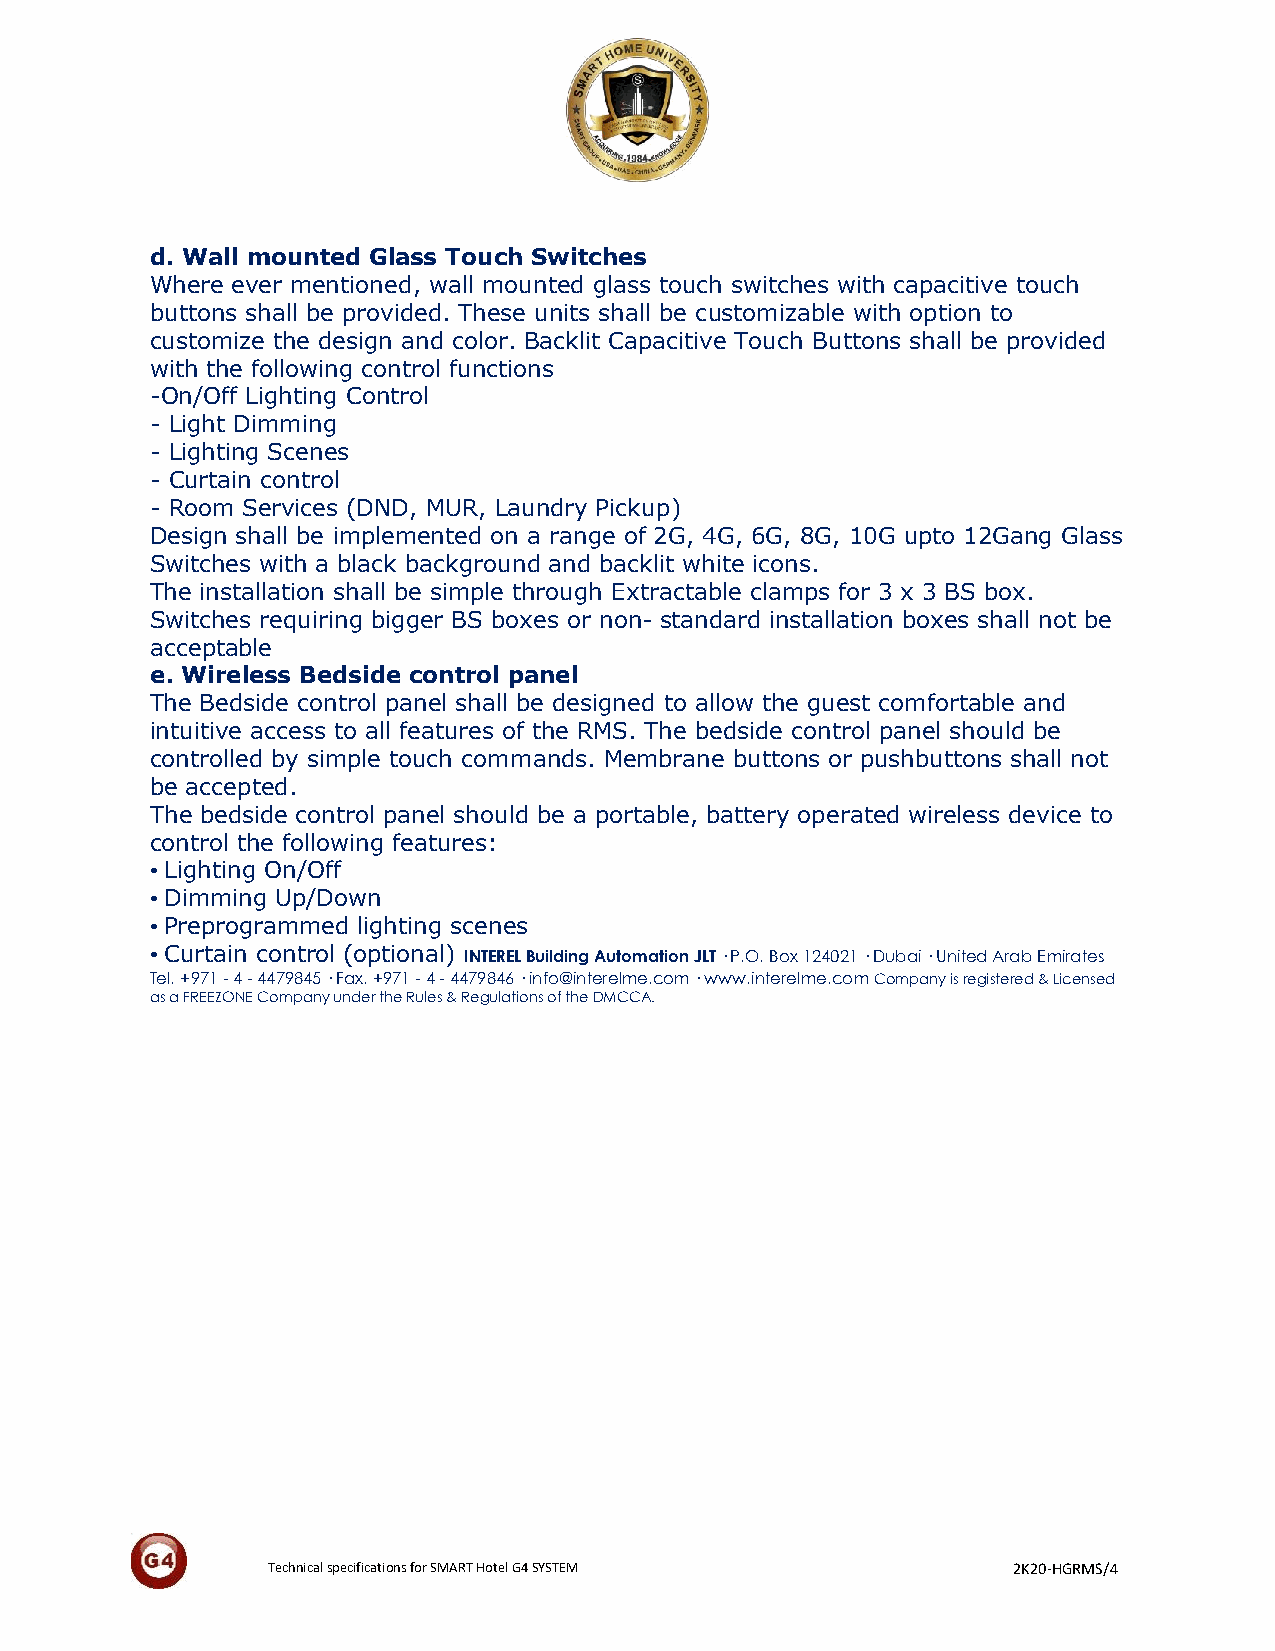
d. Wall mounted Glass Touch Switches
 Where ever mentioned, wall mounted glass touch switches with capacitive touch
 buttons shall be provided. These units shall be customizable with option to
 customize the design and color. Backlit Capacitive Touch Buttons shall be provided
 with the following control functions
 -On/Off Lighting Control
 - Light Dimming
 - Lighting Scenes
 - Curtain control
 - Room Services (DND, MUR, Laundry Pickup)
 Design shall be implemented on a range of 2G, 4G, 6G, 8G, 10G upto 12Gang Glass
 Switches with a black background and backlit white icons.
 The installation shall be simple through Extractable clamps for 3 x 3 BS box.
 Switches requiring bigger BS boxes or non- standard installation boxes shall not be
 acceptable
 e. Wireless Bedside control panel
 The Bedside control panel shall be designed to allow the guest comfortable and
 intuitive access to all features of the RMS. The bedside control panel should be
 controlled by simple touch commands. Membrane buttons or pushbuttons shall not
 be accepted.
 The bedside control panel should be a portable, battery operated wireless device to
 control the following features:
 • Lighting On/Off
 • Dimming Up/Down
 • Preprogrammed lighting scenes
 • Curtain control (optional) INTEREL Building Automation JLT · P.O. Box 124021 · Dubai · United Arab Emirates
 Tel. +971 - 4 - 4479845 · Fax. +971 - 4 - 4479846 · info@interelme.com · www.interelme.com Company is registered & Licensed
 as a FREEZONE Company under the Rules & Regulations of the DMCCA.
 Technical specifications for SMART Hotel G4 SYSTEM 2K20-HGRMS/4